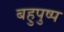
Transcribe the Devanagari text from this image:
बहुपुष्प